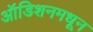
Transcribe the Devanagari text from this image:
ऑडिशनमधून